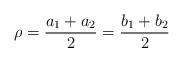
LaTeX: \begin{align*}\rho = \frac{a_1+a_2}{2} = \frac{b_1+b_2}{2} \end{align*}